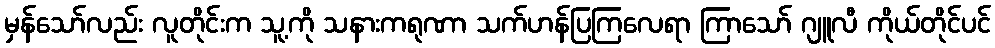
မှန်သော်လည်း လူတိုင်းက သူ့ကို သနားကရုဏာ သက်ဟန်ပြကြလေရာ ကြာသော် ဂျူလီ ကိုယ်တိုင်ပင်